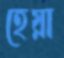
হেয়া